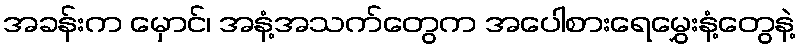
အခန်းက မှောင်၊ အနံ့အသက်တွေက အပေါစားရေမွှေးနံ့တွေနဲ့